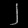
Digit: ၂